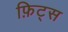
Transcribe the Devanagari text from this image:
फ़िट्स